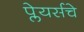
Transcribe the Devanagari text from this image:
प्लेयर्सचे